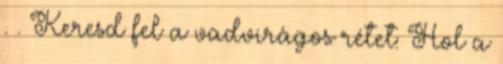
. . Keresd fel a vadvirágos rétet: Hol a